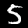
Label: 5